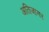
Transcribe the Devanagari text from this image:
अतिजागर